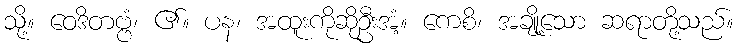
သို့။ ဝေဒိတဗ္ဗံ၊ ၏။ ပန၊ အထူးကိုဆိုဦးအံ့။ ကေစိ၊ အချို့သော ဆရာတို့သည်။